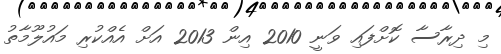
މި ދިރާސާ ކޮށްފައި ވަނީ 2010 އިން 2013 އަށް އެއްކުރި މައުލޫމާތު